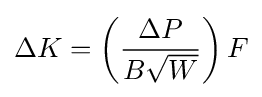
\Delta K=\left({\frac {\Delta P}{B{\sqrt {W}}}}\right)F